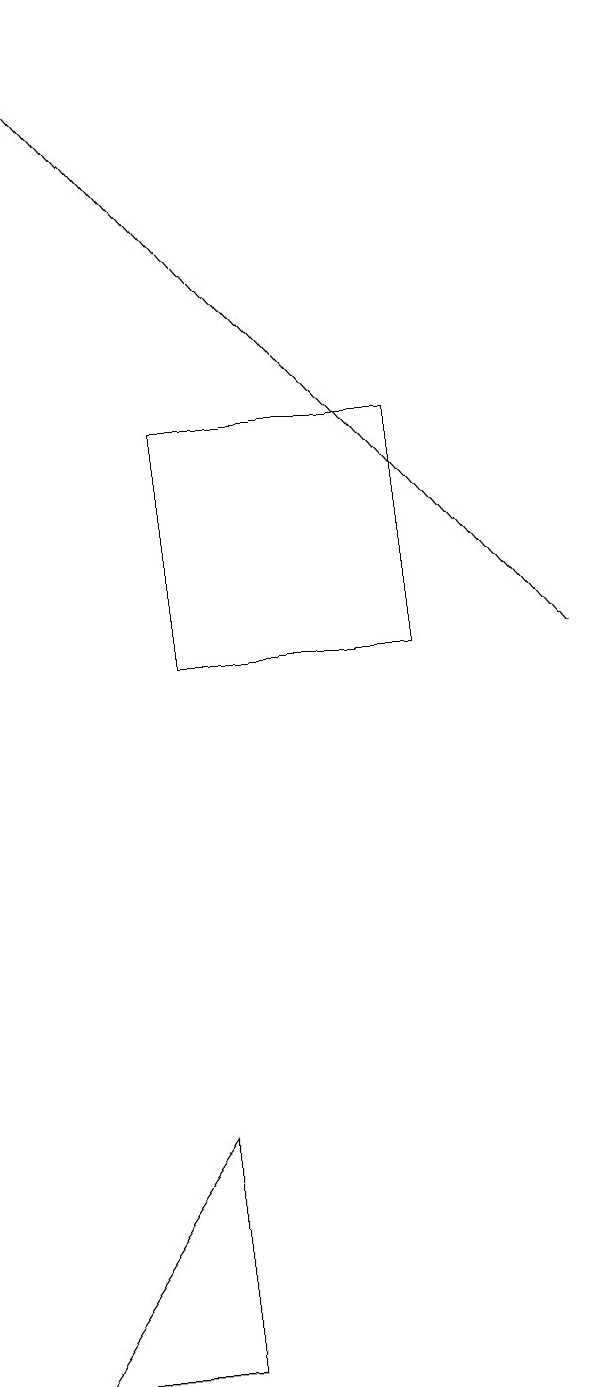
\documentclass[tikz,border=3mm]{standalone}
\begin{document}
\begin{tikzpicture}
\draw[->] (7,10) -- (0,18);
\draw (5,10) rectangle (2,13);
\draw (0,1) -- (2,4) -- (2,1) -- cycle;
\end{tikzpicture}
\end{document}